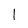
Character: l